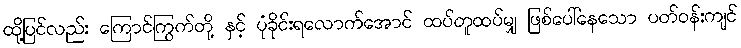
ထို့ပြင်လည်း ကြောင်ကြွက်တို့ နှင့် ပုံခိုင်းရလောက်အောင် ထပ်တူထပ်မျှ ဖြစ်ပေါ်နေသော ပတ်ဝန်းကျင်